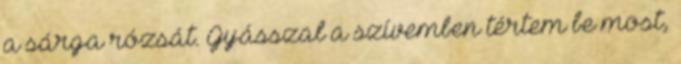
a sárga rózsát. Gyásszal a szívemben tértem be most,